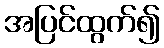
အပြင်ထွက်၍